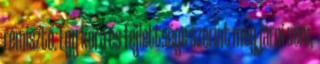
rémisztő. Egy kora és fejlettsége szerint még járni sem,